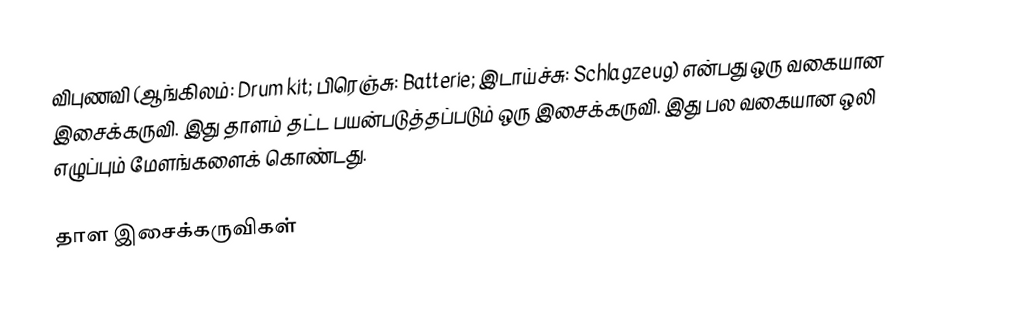
விபுணவி (ஆங்கிலம்: Drum kit; பிரெஞ்சு: Batterie; இடாய்ச்சு: Schlagzeug) என்பது ஒரு வகையான இசைக்கருவி. இது தாளம் தட்ட பயன்படுத்தப்படும் ஒரு இசைக்கருவி. இது பல வகையான ஒலி எழுப்பும் மேளங்களைக் கொண்டது.

தாள இசைக்கருவிகள்